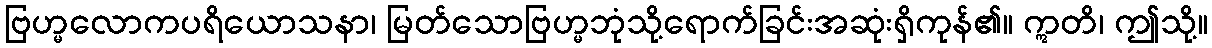
ဗြဟ္မလောကပရိယောသနာ၊ မြတ်သောဗြဟ္မဘုံသို့ရောက်ခြင်းအဆုံးရှိကုန်၏။ ဣတိ၊ ဤသို့။